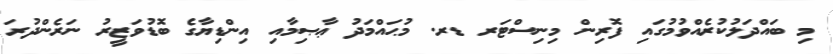
މި ބައްދަލުކުރެއްވުމުގައި ފޮރިން މިނިސްޓަރ ޑރ. މުޙައްމަދު ޢާޞިމާއި އިންޑިޔާގެ ބޮޑުވަޒީރު ނަރެންދުރަ